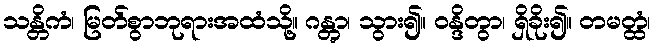
သန္တိကံ၊ မြတ်စွာဘုရားအထံသို့။ ဂန္တွာ၊ သွား၍။ ဝန္ဒိတွာ၊ ရှိခိုး၍။ တမတ္ထံ၊